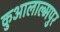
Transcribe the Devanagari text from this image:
कुआलाल्मपुर